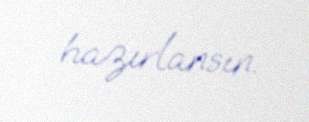
hazırlansın.